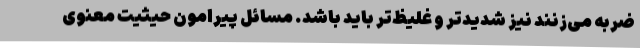
ضربه می‌زنند نیز شدیدتر و غلیظ‌تر باید باشد. مسائل پیرامون حیثیت معنوی